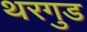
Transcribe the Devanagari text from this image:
थरगुड